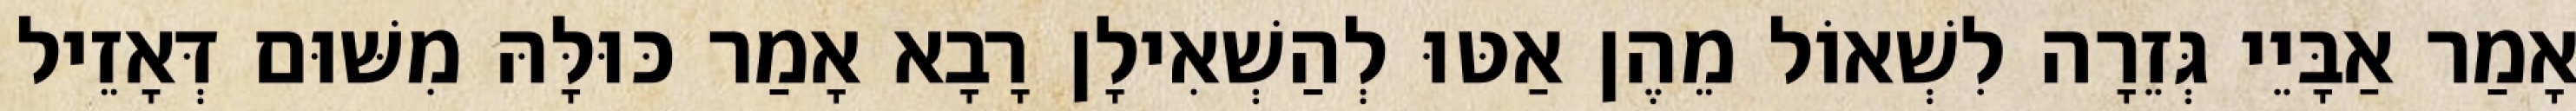
אָמַר אַבָּיֵי גְּזֵרָה לִשְׁאוֹל מֵהֶן אַטּוּ לְהַשְׁאִילָן רָבָא אָמַר כּוּלָּהּ מִשּׁוּם דְּאָזֵיל